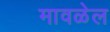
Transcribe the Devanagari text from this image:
मावळेल